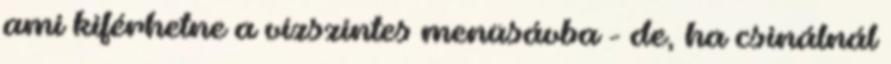
ami kiférhetne a vízszintes menüsávba - de, ha csinálnál